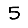
Digit: 5